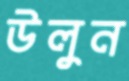
উলুন